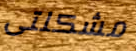
مشكلتى